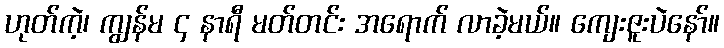
ဟုတ်ကဲ့၊ ကျွန်မ ၄ နာရီ မတ်တင်း အရောက် လာခဲ့မယ်။ ကျေးဇူးပဲနော်။